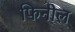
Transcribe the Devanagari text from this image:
फिनील